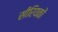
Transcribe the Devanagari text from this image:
सीरियकों